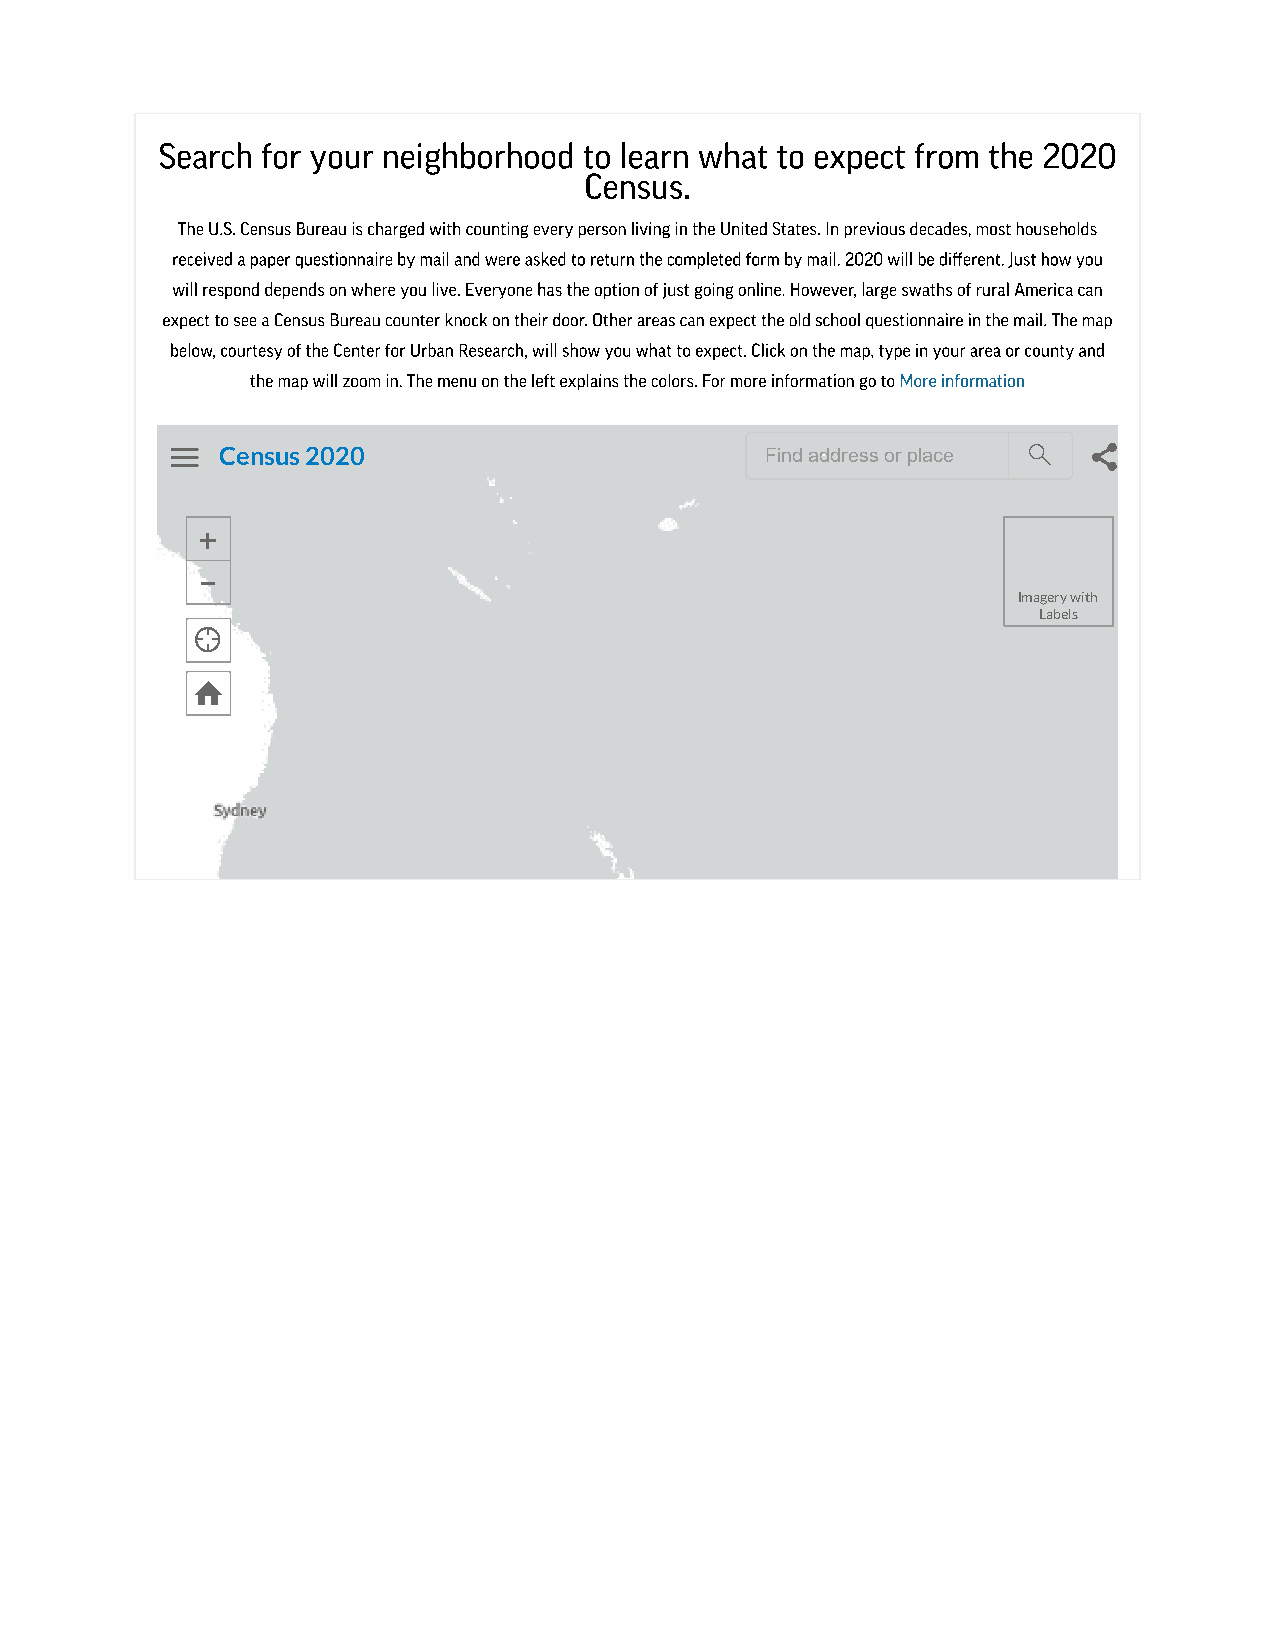
   Census 2020                         Find address or place  
 +
 −
 Imagery with
 Labels
 
 